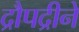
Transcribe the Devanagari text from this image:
द्रौपद्रीने